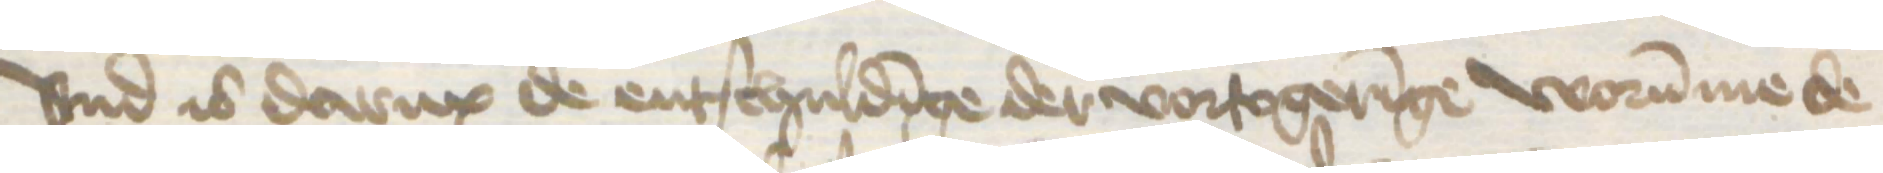
vnd is darup de entschuldinge der vortogeringe worumme de